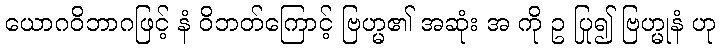
ယောဂဝိဘာဂဖြင့် နံ ဝိဘတ်ကြောင့် ဗြဟ္မ၏ အဆုံး အ ကို ဥ ပြု၍ ဗြဟ္မုနံ ဟု